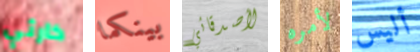
كارثي بينكما لأصدقائي لأمره أليس